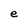
Character: e